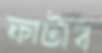
ফাটাব